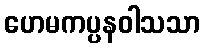
ဟေမကပ္ပနဝါသသာ